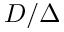
D / \Delta